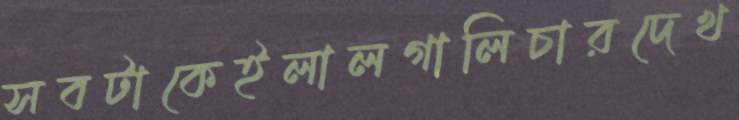
সবটাকেইলালগালিচারদেখ